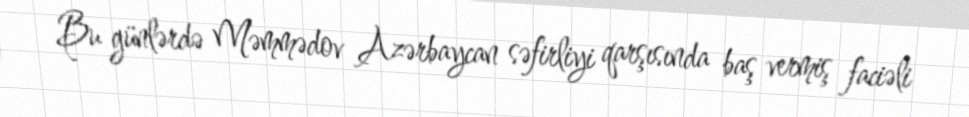
Bu günlərdə Məmmədov Azərbaycan səfirliyi qarşısında baş vermiş faciəli